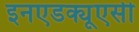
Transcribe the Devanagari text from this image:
इनएडक्यूएसी